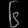
Digit: ၆